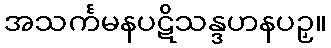
အသင်္ကမနပဋိသန္ဒဟနပဉှ။